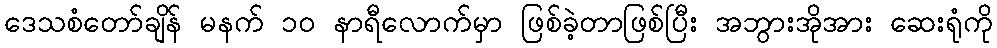
ဒေသစံတော်ချိန် မနက် ၁၀ နာရီလောက်မှာ ဖြစ်ခဲ့တာဖြစ်ပြီး အဘွားအိုအား ဆေးရုံကို